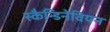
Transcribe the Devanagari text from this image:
स्कैन्डिनेवियन